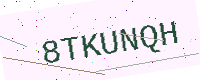
Text: 8TKUNQH